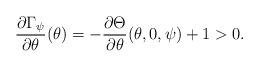
LaTeX: \begin{align*}\frac{\partial \Gamma_\psi}{\partial \theta}(\theta) = - \frac{\partial \Theta}{\partial \theta}(\theta,0,\psi) +1 >0.\end{align*}